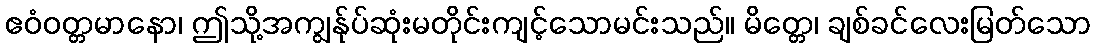
ဧဝံဝတ္တမာနော၊ ဤသို့အကျွန်ုပ်ဆုံးမတိုင်းကျင့်သောမင်းသည်။ မိတ္တေ၊ ချစ်ခင်လေးမြတ်သော